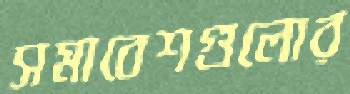
সমাবেশগুলোর